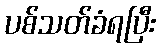
ပစ်သတ်ခံရပြီး